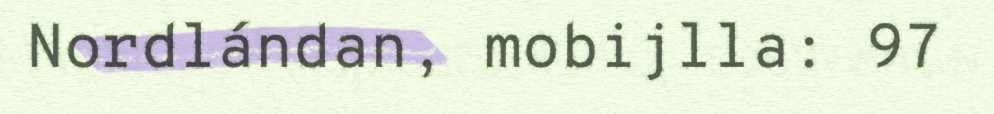
Nordlándan, mobijlla: 97